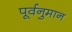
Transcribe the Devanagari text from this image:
पूर्वनुमान